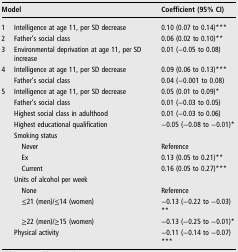
| <COLSPAN=2> Model | Coefficient (95% CI) |
 | --- | --- | --- |
 | 1 | Intelligence at age 11, per SD decrease | 0.10 (0.07 to 0.14)*** |
 | 2 | Father's social class | 0.06 (0.02 to 0.10)** |
 | 3 | Environmental deprivation at age 11, per SD increase | 0.01 (−0.05 to 0.08) |
 | 4 | Intelligence at age 11, per SD decrease | 0.09 (0.06 to 0.13)*** |
 |  | Father's social class | 0.04 (−0.001 to 0.08) |
 | 5 | Intelligence at age 11, per SD decrease | 0.05 (0.01 to 0.09)* |
 |  | Father's social class | 0.01 (−0.03 to 0.05) |
 |  | Highest social class in adulthood | 0.01 (−0.03 to 0.06) |
 |  | Highest educational qualification | −0.05 (−0.08 to −0.01)* |
 |  | Smoking status |  |
 |  | Never | Reference |
 |  | Ex | 0.13 (0.05 to 0.21)** |
 |  | Current | 0.16 (0.05 to 0.27)*** |
 |  | Units of alcohol per week |  |
 |  | None | Reference |
 |  | ≤21 (men)/≤14 (women) | −0.13 (−0.22 to −0.03)** |
 |  | ≥22 (men)/≥15 (women) | −0.13 (−0.25 to −0.01)* |
 |  | Physical activity | −0.11 (−0.14 to −0.07)*** |